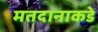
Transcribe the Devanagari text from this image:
मतदानाकडे